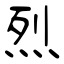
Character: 烈